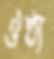
ঔষ্ঠ্য